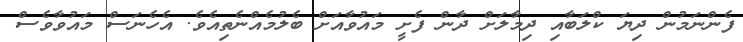
ފެންނަމުން ދިޔަ ކްލަބާއި ދިމާލަށް ދާން ފެށީ މައުވާއަށް ބެލުމެއްނެތިއެވެ. އެހެނަސް މައުވާވެސް